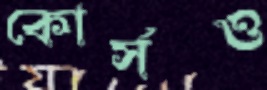
কোর্সও